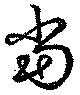
当